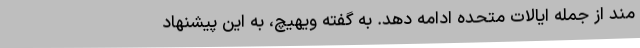
مند از جمله ایالات متحده ادامه دهد. به گفته ویهیچ، به این پیشنهاد